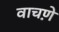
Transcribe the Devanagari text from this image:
वाचणे़